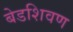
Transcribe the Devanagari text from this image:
बेडशिवण